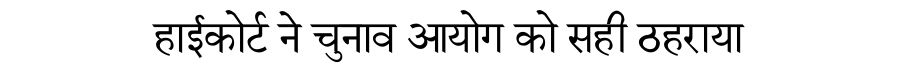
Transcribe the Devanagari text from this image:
हाईकोर्ट ने चुनाव आयोग को सही ठहराया